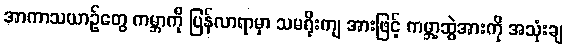
အာကာသယာဉ်တွေ ကမ္ဘာကို ပြန်လာရာမှာ သမရိုးကျ အားဖြင့် ကမ္ဘာ့ဆွဲအားကို အသုံးချ